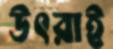
উৎরাই